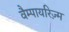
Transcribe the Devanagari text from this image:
वैम्पायरिज़्म